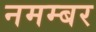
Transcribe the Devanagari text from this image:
नमम्बर